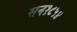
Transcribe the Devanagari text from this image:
सन१८५४